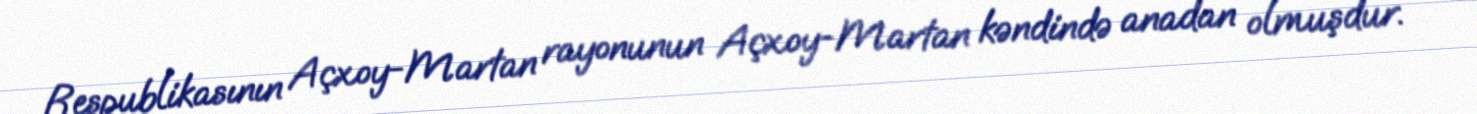
Respublikasının Açxoy-Martan rayonunun Açxoy-Martan kəndində anadan olmuşdur.